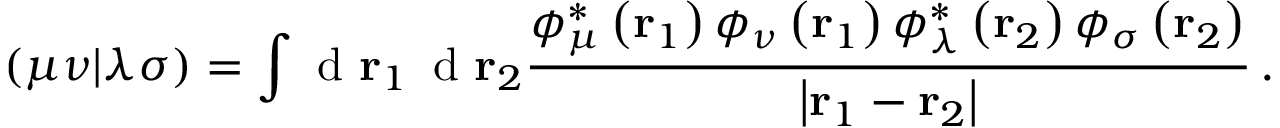
\left( \mu \nu | \lambda \sigma \right) = \int \textrm { d } \mathbf r _ { 1 } \, \textrm { d } \mathbf r _ { 2 } \frac { \phi _ { \mu } ^ { * } \left( \mathbf r _ { 1 } \right) \phi _ { \nu } \left( \mathbf r _ { 1 } \right) \phi _ { \lambda } ^ { * } \left( \mathbf r _ { 2 } \right) \phi _ { \sigma } \left( \mathbf r _ { 2 } \right) } { \left| \mathbf r _ { 1 } - \mathbf r _ { 2 } \right| } \, .